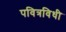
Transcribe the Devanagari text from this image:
पवित्रविधी